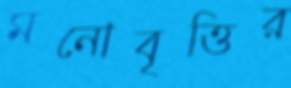
মনোবৃত্তির